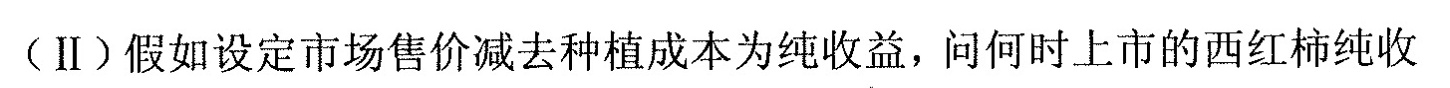
(Ⅱ)假如设定市场售价减去种植成本为纯收益，问何时上市的西红柿纯